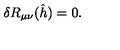
\delta R _ { \mu \nu } ( \hat { h } ) = 0 .